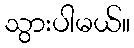
သွားပါမယ်။